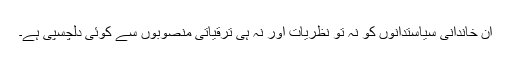
ان خاندانی سیاستدانوں کو نہ تو نظریات اور نہ ہی ترقیاتی منصوبوں سے کوئی دلچسپی ہے۔